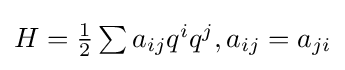
{\textstyle H={\frac {1}{2}}\sum a_{ij}q^{i}q^{j},a_{ij}=a_{ji}}